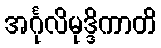
အင်္ဂုလိမုဒ္ဒိကာတိ